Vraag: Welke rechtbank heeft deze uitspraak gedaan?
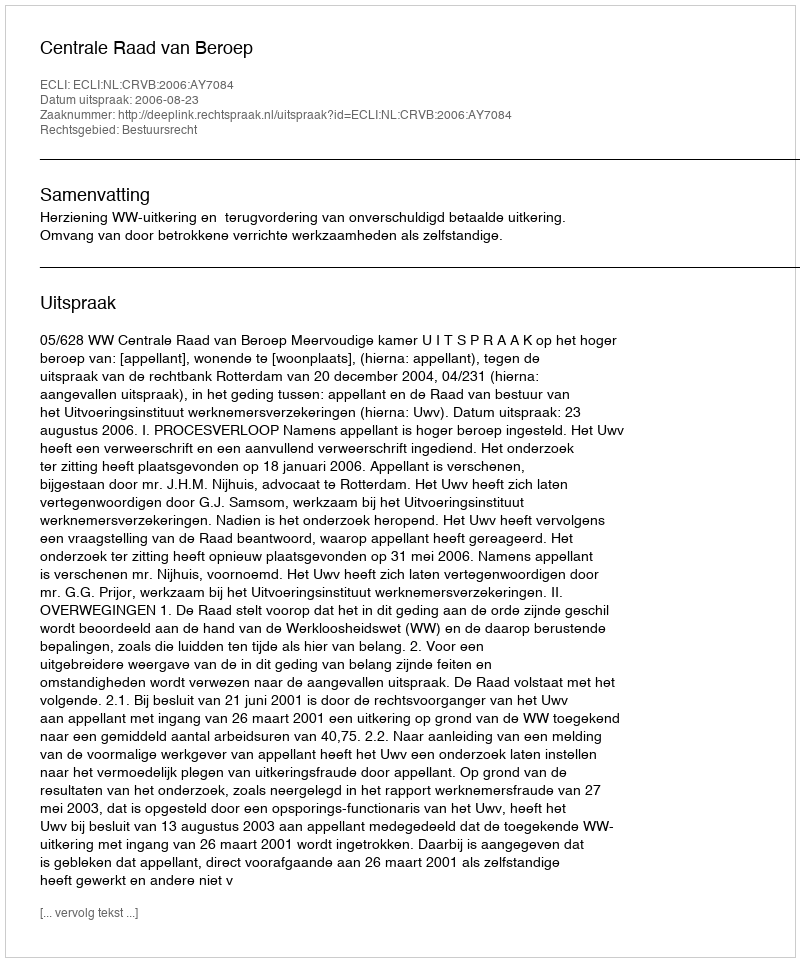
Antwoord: Centrale Raad van Beroep